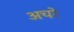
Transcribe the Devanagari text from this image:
अचरे